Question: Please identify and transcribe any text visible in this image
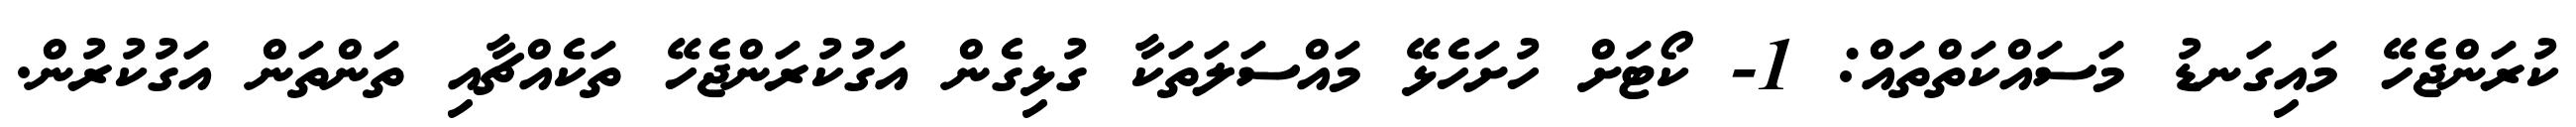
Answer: ކުރަންޖެހޭ މައިގަނޑު މަސައްކަތްތައް: 1- ކޯޓަށް ހުށަހެޅޭ މައްސަލަތަކާ ގުޅިގެން އަގުކުރަންޖެހޭ ތަކެއްޗާއި ތަންތަން އަގުކުރުން.